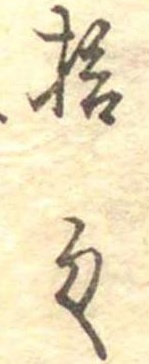
拾匁